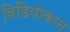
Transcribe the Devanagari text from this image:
विडियोकान